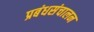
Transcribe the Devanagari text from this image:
प्रबंधसंचालन